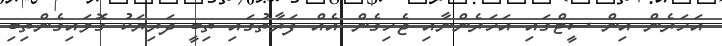
އަހަރެން އިން ސީޓްގައި އަހަރެންނާއި ޖެހިގެން އެއް ފަރާތުގައި ތިބީ ދަރިޔަކު ގޮވައިގެންތިބި